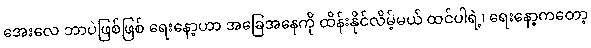
အေးလေ ဘာပဲဖြစ်ဖြစ် ရေးနော့ဟာ အခြေအနေကို ထိန်းနိုင်လိမ့်မယ် ထင်ပါရဲ့၊ ရေးနော့ကတော့